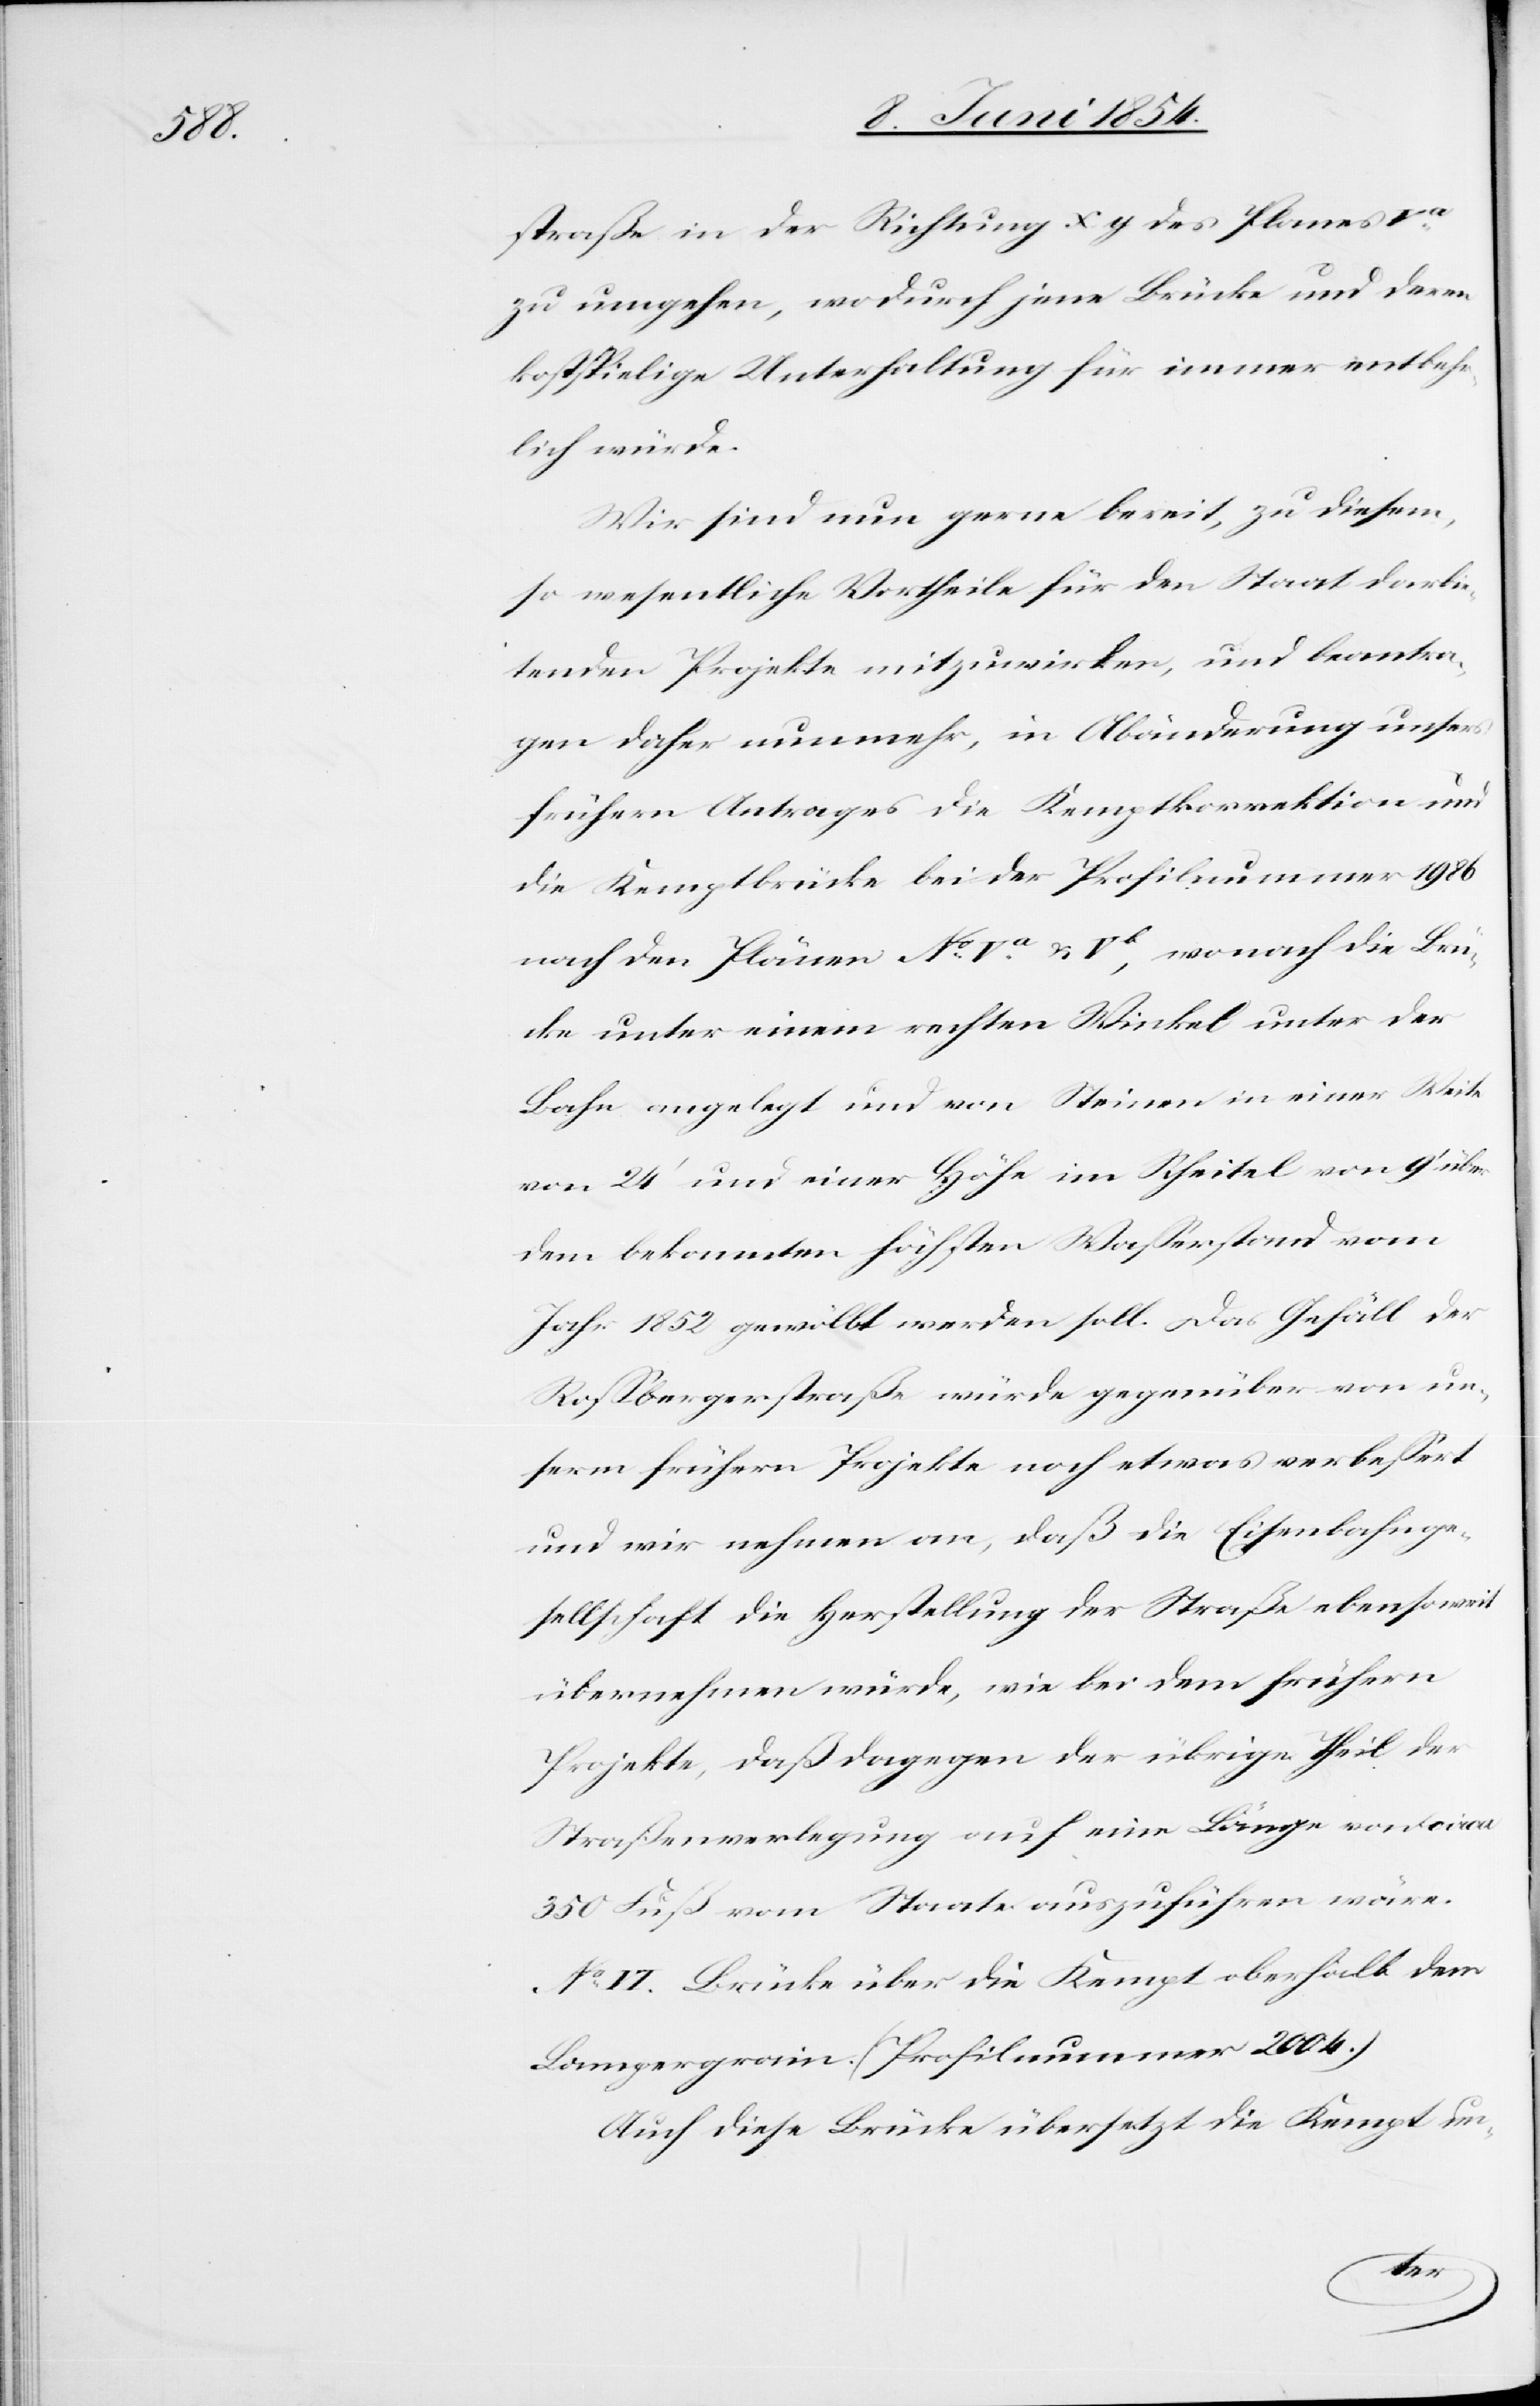
straße in der Richtung xy des Planes Va
zu umgehen, wodurch jene Brücke und deren
kostspielige Unterhaltung für immer entbehr¬
lich würde.
Wir sind nun gerne bereit, zu diesem,
so wesentliche Vortheile für den Staat darbie¬
tenden Projekte mitzuwirken, und beantra¬
gen daher nunmehr, in Abänderung unsers
frühern Antrages die Kemptkorrektion und
die Kemptbrücke bei der Profilnummer 1986
nach den Plänen No Va u. Vb, wonach die Brü¬
cke unter einem rechten Winkel unter der
Bahn angelegt und von Steinen in einer Weite
von 24‘ und einer Höhe im Scheitel von 9‘ über
dem bekannten höchsten Waßerstand vom
Jahr 1852 gewölbt werden soll. Das Gefäll der
Roßbergerstraße würde gegenüber von un¬
serm frühern Projekte noch etwas verbeßert
und wir nehmen an, daß die Eisenbahnge¬
sellschaft die Herstellung der Straße ebensoweit
übernehmen würde, wie bei dem frühern
Projekte, daß dagegen der übrige Theil der
Straßenverlegung auf eine Länge von circa
350 Fuß vom Staate auszuführen wäre.
No VI. Brücke über die Kempt oberhalb dem
Lampergrain. (Profilnummer 2004.)
Auch diese Brücke übersetzt die Kempt un-